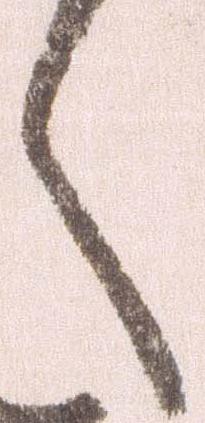
く